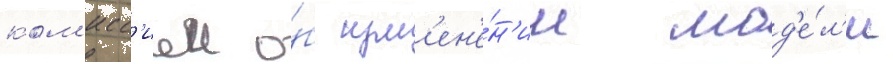
ком'исс'иеи о́б изм'ен'е́н'ии мод'е́л'и